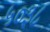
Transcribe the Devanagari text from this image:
५०३८